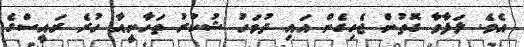
އެވެ. ލަފާވާ ގޮތުން ޖެހިގެން އައި ދުވަހު ޝުކުރު ތަހާނީއާ ހުރެ ރައީސްގެ